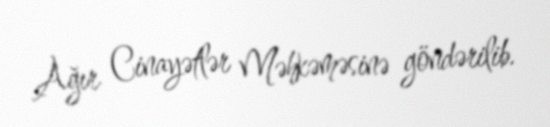
Ağır Cinayətlər Məhkəməsinə göndərilib.